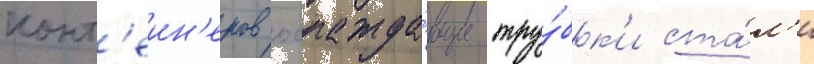
конт'еин'еров охлажда́ющие тру́бк'и ста́л'и